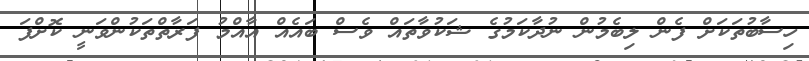
ހިސާބުތަކަށް ފެން ލިބެމުން ނުދާކަމުގެ ޝަކުވާތައް ވެސް ބައެއް އާއްމު ފަރާތްތަކުންވަނީ ކޮށްފަ